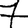
Digit: 7